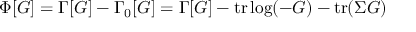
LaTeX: \Phi [ G ] = \Gamma [ G ] - \Gamma _ { 0 } [ G ] = \Gamma [ G ] - \mathrm { t r } \log ( - G ) - \mathrm { t r } ( \Sigma G )